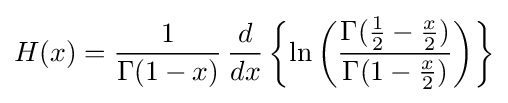
H(x)={\frac {1}{\Gamma (1-x)}}\,{\dfrac {d}{dx}}\left\{\ln \left({\frac {\Gamma ({\frac {1}{2}}-{\frac {x}{2}})}{\Gamma (1-{\frac {x}{2}})}}\right)\right\}